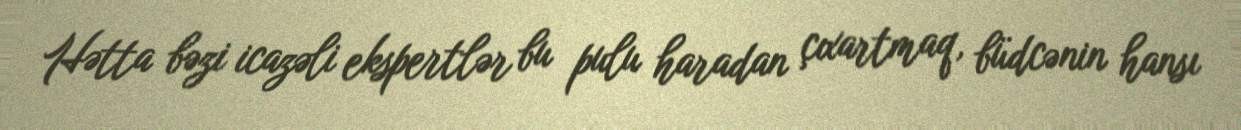
Hətta bəzi icazəli ekspertlər bu pulu haradan çıxartmaq, büdcənin hansı